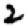
Digit: 2